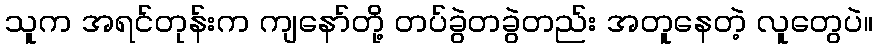
သူက အရင်တုန်းက ကျနော်တို့ တပ်ခွဲတခွဲတည်း အတူနေတဲ့ လူတွေပဲ။